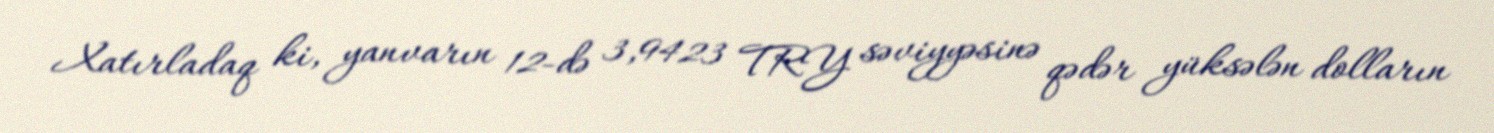
Xatırladaq ki, yanvarın 12-də 3,9423 TRY səviyyəsinə qədər yüksələn dolların